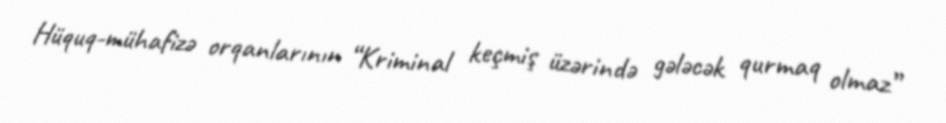
Hüquq-mühafizə orqanlarının “Kriminal keçmiş üzərində gələcək qurmaq olmaz”